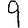
Digit: 9